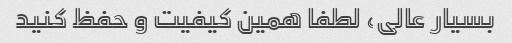
بسیار عالی، لطفا همین کیفیت و حفظ کنید